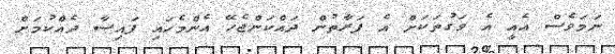
ނަމަވެސް އެއީ އެ ވަގުތަކަށް އެ ފަރާތުން ދައްކަންޖެހޭ އެންމެހައި ފައިސާ ދެއްކުމަށް